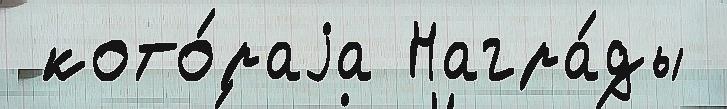
 кото́раjа Награ́ды